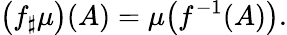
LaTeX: {\big(}f_{\sharp}\mu{\big)}(A)=\mu{\big(}f^{-1}(A){\big)}.